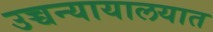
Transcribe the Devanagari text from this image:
उच्चन्यायालयात